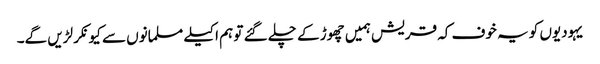
یہودیوں کو یہ خوف کہ قریش ہمیں چھوڑ کے چلے گئے تو ہم اکیلے مسلمانوں سے کیونکر لڑیں گے۔